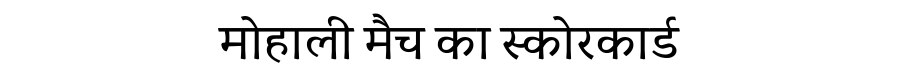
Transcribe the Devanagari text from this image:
मोहाली मैच का स्कोरकार्ड